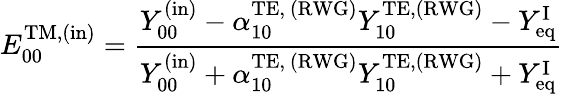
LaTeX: E_{00}^{\mathrm{TM,(in)}}=\frac{Y_{00}^{\mathrm{(in)}}-\alpha_{10}^{\mathrm{TE,~(RWG)}}Y_{10}^{\mathrm{TE},\mathrm{(RWG)}}-Y_{\mathrm{eq}}^{\mathrm{I}}}{Y_{00}^{\mathrm{(in)}}+\alpha_{10}^{\mathrm{TE,~(RWG)}}Y_{10}^{\mathrm{TE},\mathrm{(RWG)}}+Y_{\mathrm{eq}}^{\mathrm{I}}}